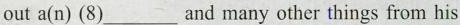
out a(n) (8)___ and many other things from his